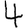
Digit: 4